Insane asylums in Bengal annual reports 1876-1887 - 1876-1887
Year: 1876
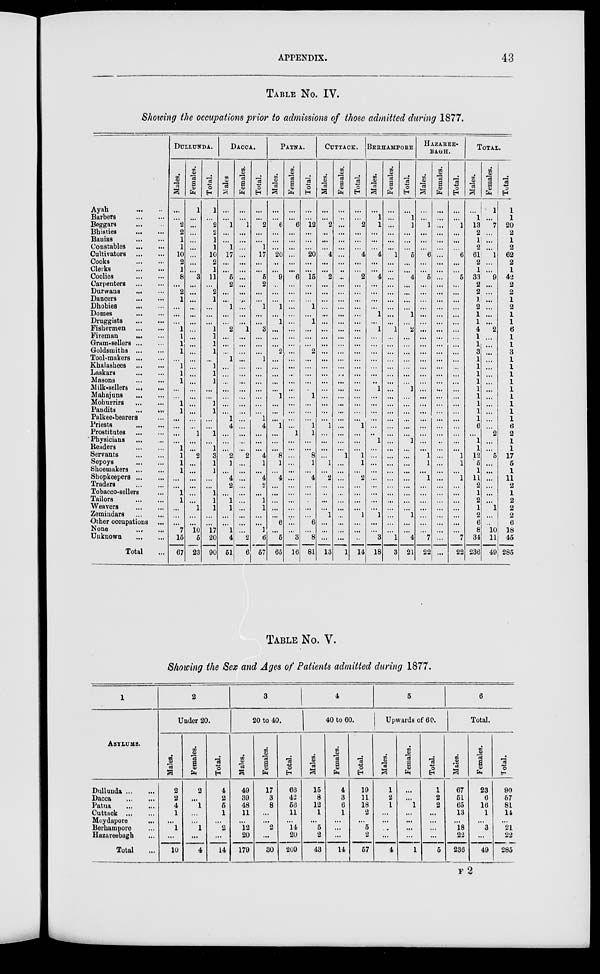
APPENDIX.
43
TABLE No. IV.
Showing the occupations prior to admissions of those admitted during 1877.
Ayah
...
...
Barbers
...
...
Beggars ... ...
Bhisties
...
...
Banias
...
...
Constables
...
...
Cultivators
...
...
Cooks
...
...
Clerks ... ...
Coolies
...
...
Carpenters
...
...
Durwans
...
...
Dancers
...
...
Dhobies
...
...
Domes
...
...
Druggists
...
...
Fishermen
...
...
Fireman
... ...
Gram-sellers ... ...
Goldsmiths
...
...
Tool-makers ... ...
Khalashees
...
...
Laskars
...
...
Masons
...
...
Milk-sellers
...
...
Mahajuns
...
...
Mohurrirs
...
...
Pandits
...
...
Palkee-bearers ... ...
Priests
...
...
Prostitutes
...
...
Physicians ... ...
Readers
...
...
Servants
...
...
Sepoys
...
...
Shoemakers
...
...
Shopkeepers ... ...
Traders
...
...
Tobacco-sellers ...
Tailors
...
...
Weavers ... ...
Zemindars
...
...
Other occupations ...
None
...
...
Unknown
...
...
Total ...
DULLUNDA.
Males.
...
...
2
2
1
1
10
2
1
8
...
2
1
...
...
...
1
1
1
1
...
1
1
1
...
...
1
1
...
...
...
...
1
1
1
1
...
...
1
1
...
...
...
7
15
67
Females.
1
...
...
...
...
...
...
...
...
3
...
...
...
...
...
...
...
...
...
...
...
...
...
...
...
...
...
...
...
...
1
...
...
2
...
...
...
...
...
...
1
...
...
10
5
23
Total.
1
...
2
2
1
1
10
2
1
11
...
2
1
...
...
...
1
1
1
1
...
1
1
1
...
...
1
1
...
...
1
...
1
3
1
1
...
...
1
1
1
...
...
17
20
90
DACCA.
Males.
...
...
1
...
...
1
17
...
...
5
2
...
...
1
...
...
2
...
...
...
1
...
...
...
...
...
...
...
1
4
...
...
...
2
1
...
4
2
...
1
1
...
...
1
4
51
Females.
...
...
1
...
...
...
...
...
...
...
...
...
...
...
...
...
1
...
...
...
...
...
...
...
...
...
...
...
...
...
...
...
...
2
...
...
...
...
...
...
...
...
...
...
2
6
Total.
...
...
2
...
...
1
17
...
...
5
2
...
...
1
...
...
3
...
...
...
1
...
...
...
...
...
...
...
1
4
...
...
...
4
1
...
4
2
...
1
1
...
...
1
6
57
PATNA.
Males.
...
...
6
...
...
...
20
...
...
9
...
...
...
1
...
1
...
...
...
2
...
...
...
...
...
1
...
...
...
1
...
...
...
8
1
...
4
...
...
...
...
...
6
...
5
65
Females.
...
...
6
...
...
...
...
...
...
6
...
...
...
...
...
...
...
...
...
...
...
...
...
...
...
...
...
...
...
...
1
...
...
...
...
...
...
...
...
...
...
...
...
...
3
16
Total.
...
...
12
...
...
...
20
...
...
15
...
...
...
1
...
1
...
...
...
2
...
...
...
...
...
1
...
...
...
1
1
...
...
8
1
...
4
...
...
...
...
...
6
...
8
81
CUTTACK.
Males.
...
...
2
...
...
...
4
...
...
2
...
...
...
...
...
...
...
...
...
...
...
...
...
...
...
...
...
...
...
1
...
...
...
...
1
...
2
...
...
...
...
1
...
...
...
13
Females.
...
...
...
...
...
...
...
...
...
...
...
...
...
...
...
...
...
...
...
...
...
...
...
...
...
...
...
...
...
...
...
...
...
1
...
...
...
...
...
...
...
...
...
...
...
1
Total.
...
...
2
...
...
...
4
...
...
2
...
...
...
...
...
...
...
...
...
...
...
...
...
...
...
...
...
...
...
1
...
...
...
1
1
...
2
...
...
...
...
1
...
...
...
14
BERHAMPORE.
Males.
...
1
1
...
...
...
4
...
...
4
...
...
...
...
1
...
1
...
...
...
...
...
...
...
1
...
...
...
...
...
...
1
...
...
...
...
...
...
...
...
...
1
...
...
3
18
Females.
...
...
...
...
...
...
1
...
...
...
...
...
...
...
...
...
1
...
...
...
...
...
...
...
...
...
...
...
...
...
...
...
...
...
...
...
...
...
...
...
...
...
...
...
1
3
Total.
...
1
1
...
...
...
5
...
...
4
...
...
...
...
1
...
2
...
...
...
...
...
...
...
1
...
...
...
...
...
...
1
...
...
...
...
...
...
...
...
...
1
...
...
4
21
HAZAREE-
BAGH.
Males.
...
...
1
...
...
...
6
...
...
5
...
...
...
...
...
...
...
...
...
...
...
...
...
...
...
...
...
...
...
...
...
...
...
1
1
...
1
...
...
...
...
...
...
...
7
22
Females.
...
...
...
...
...
...
...
...
...
...
...
...
...
...
...
...
...
...
...
...
...
...
...
...
...
...
...
...
...
...
...
...
...
...
...
...
...
...
...
...
...
...
...
...
...
...
Total.
...
...
1
...
...
...
6
...
...
5
...
...
...
...
...
...
...
...
...
...
...
...
...
...
...
...
...
...
...
...
...
...
...
1
1
...
1
...
...
...
...
...
...
...
7
22
TOTAL.
Males.
...
1
13
2
1
2
61
2
1
33
2
2
1
2
1
1
4
1
1
3
1
1
1
1
1
1
1
1
1
6
...
1
1
12
5
1
11
2
1
2
1
2
6
8
34
236
Females.
1
...
7
...
...
...
1
...
...
9
...
...
...
...
...
...
2
...
...
...
...
...
...
...
...
...
...
...
...
...
2
...
...
5
...
...
...
...
...
...
1
...
...
10
11
49
Total.
1
1
20
2
1
2
62
2
1
42
2
2
1
2
1
1
6
1
1
3
1
1
1
1
1
1
1
1
1
6
2
1
1
17
5
1
11
2
1
2
2
2
6
18
45
285
TABLE No. V.
Showing the Sex and Ages of Patients admitted during 1877.
1
ASYLUMS.
Dullunda ... ...
Dacca
...
...
Patna
...
...
Cuttack
...
...
Moydapore ...
Berhampore ...
Hazareebagh ...
Total ...
2
Under 20.
Males.
2
2
4
1
...
1
...
10
Females.
2
...
1
...
...
1
...
4
Total.
4
2
5
1
...
2
...
14
3
20 to 40.
Males.
49
39
48
11
...
12
20
179
Females.
17
3
8
...
...
2
...
30
Total.
66
42
56
11
...
14
20
209
4
40 to 60.
Males.
15
8
12
1
...
5
2
43
Females.
4
3
6
1
...
...
...
14
Total.
19
11
18
2
...
5
2
57
5
Upwards of 60.
Males.
1
2
1
...
...
...
...
4
Females.
...
...
1
...
...
...
...
1
Total.
1
2
2
...
...
...
...
5
6
Total.
Males.
67
51
65
13
...
18
22
236
Females.
23
6
16
1
...
3
...
49
Total.
90
57
81
14
...
21
22
285
F 2